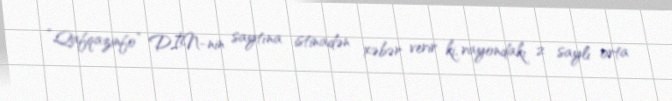
“Qafqazinfo” DİN-nin saytına istinadən xəbər verir ki, rayondakı 2 saylı orta